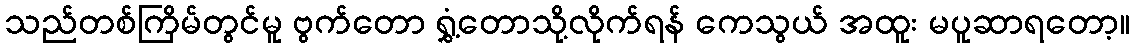
သည်တစ်ကြိမ်တွင်မူ ဗွက်တော ရွှံ့တောသို့လိုက်ရန် ကေသွယ် အထူး မပူဆာရတော့။